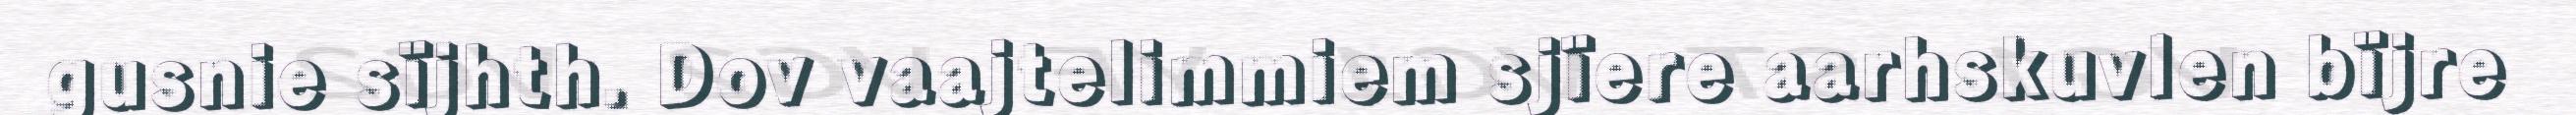
gusnie sïjhth. Dov vaajtelimmiem sjïere aarhskuvlen bïjre